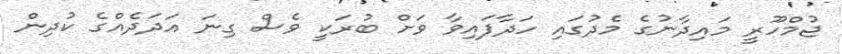
ޖުމްހޫރީ މައިދާނުގެ މެދުގައި ހަދާފައިވާ ވަށް ބުރަކީ ވެސް ގިނަ އަދަދެއްގެ ކުދިން